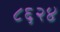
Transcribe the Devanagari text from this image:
८६२४